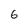
Character: 6